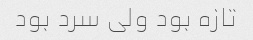
تازه بود ولی سرد بود